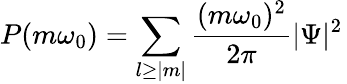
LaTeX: P(m\omega_{0})=\sum_{l\geq|m|}\frac{(m\omega_{0})^{2}}{2\pi}|\Psi|^{2}\,